Civil Veterinary Department Bihar reports 1940-50 - 1940-1950
Year: 1940
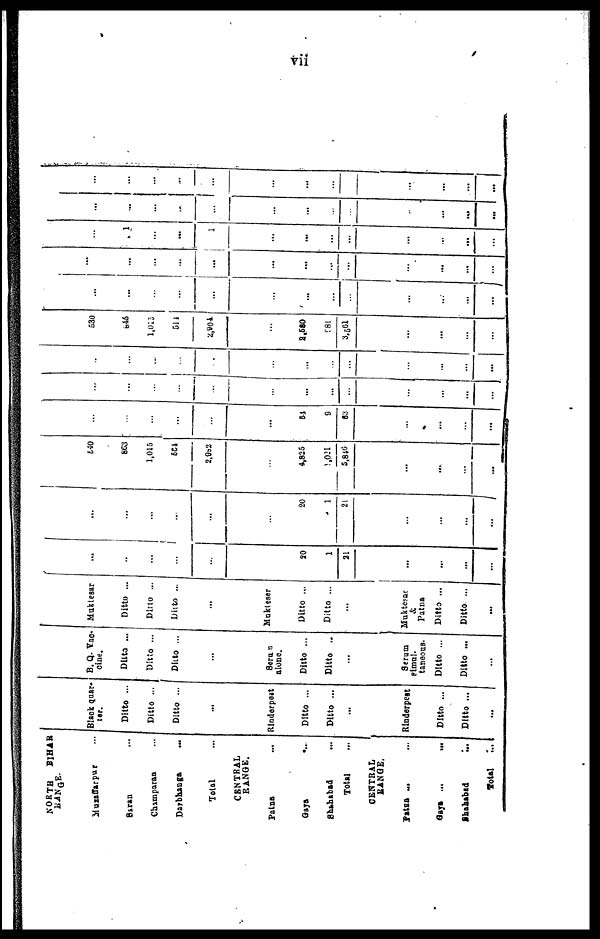
vii
NORTH
BIHAR
RANGE.
Muzaffarpur ...
Saran ...
Champaran ...
Darbhanga ...
Total ...
CENTRAL
RANGE.
Paina ...
Gaya ...
Shahabad ...
Total
CENTRAL
RANGE.
Patna ... ....
Gaya ...
...
Shahabad ...
Total ...
Black quar-
ter.
Ditto ...
Ditto ...
Ditto ...
...
Rinderpest
Ditto ...
Ditto ...
...
Rinderpest
Ditto ...
Ditto ...
...
B. Q. Vac-
cine.
Ditta ...
Ditto ...
Ditto ...
...
Serun
alone.
Ditto ...
Ditto ..
...
Serum
simul.
taneous-
Ditto ...
Ditto ...
...
Muktesar
Ditto ...
Ditto ...
Ditto ...
...
Mukteser
Ditto ...
Ditto ...
...
Muktesar
&
Patna
Ditto ...
Ditto ...
...
...
...
...
...
...
...
20
1
21
...
...
...
...
..
...
...
...
...
...
20
1
21
...
...
...
...
540
863
1,015
664
2,982
...
4,825
1,021
5,846
...
...
...
...
...
...
...
...
...
...
61
9
63
...
...
...
...
...
...
...
...
...
...
...
...
...
...
...
...
...
..
...
...
...
...
...
...
...
...
...
...
...
...
530
845
1,015
514
2,904
...
2,520
98l
3,561
...
...
...
...
...
...
...
...
...
...
...
...
...
...
...
...
...
...
...
...
...
...
...
...
...
...
...
...
...
...
...
1
...
...
1
...
...
...
...
...
...
...
...
...
...
...
...
...
...
...
...
...
...
...
...
...
...
...
...
...
...
...
...
...
...
...
...
...
. . .